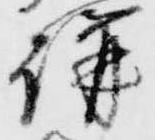
講